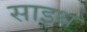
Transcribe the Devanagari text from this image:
साइथ